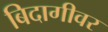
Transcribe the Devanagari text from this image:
बिदागीवर